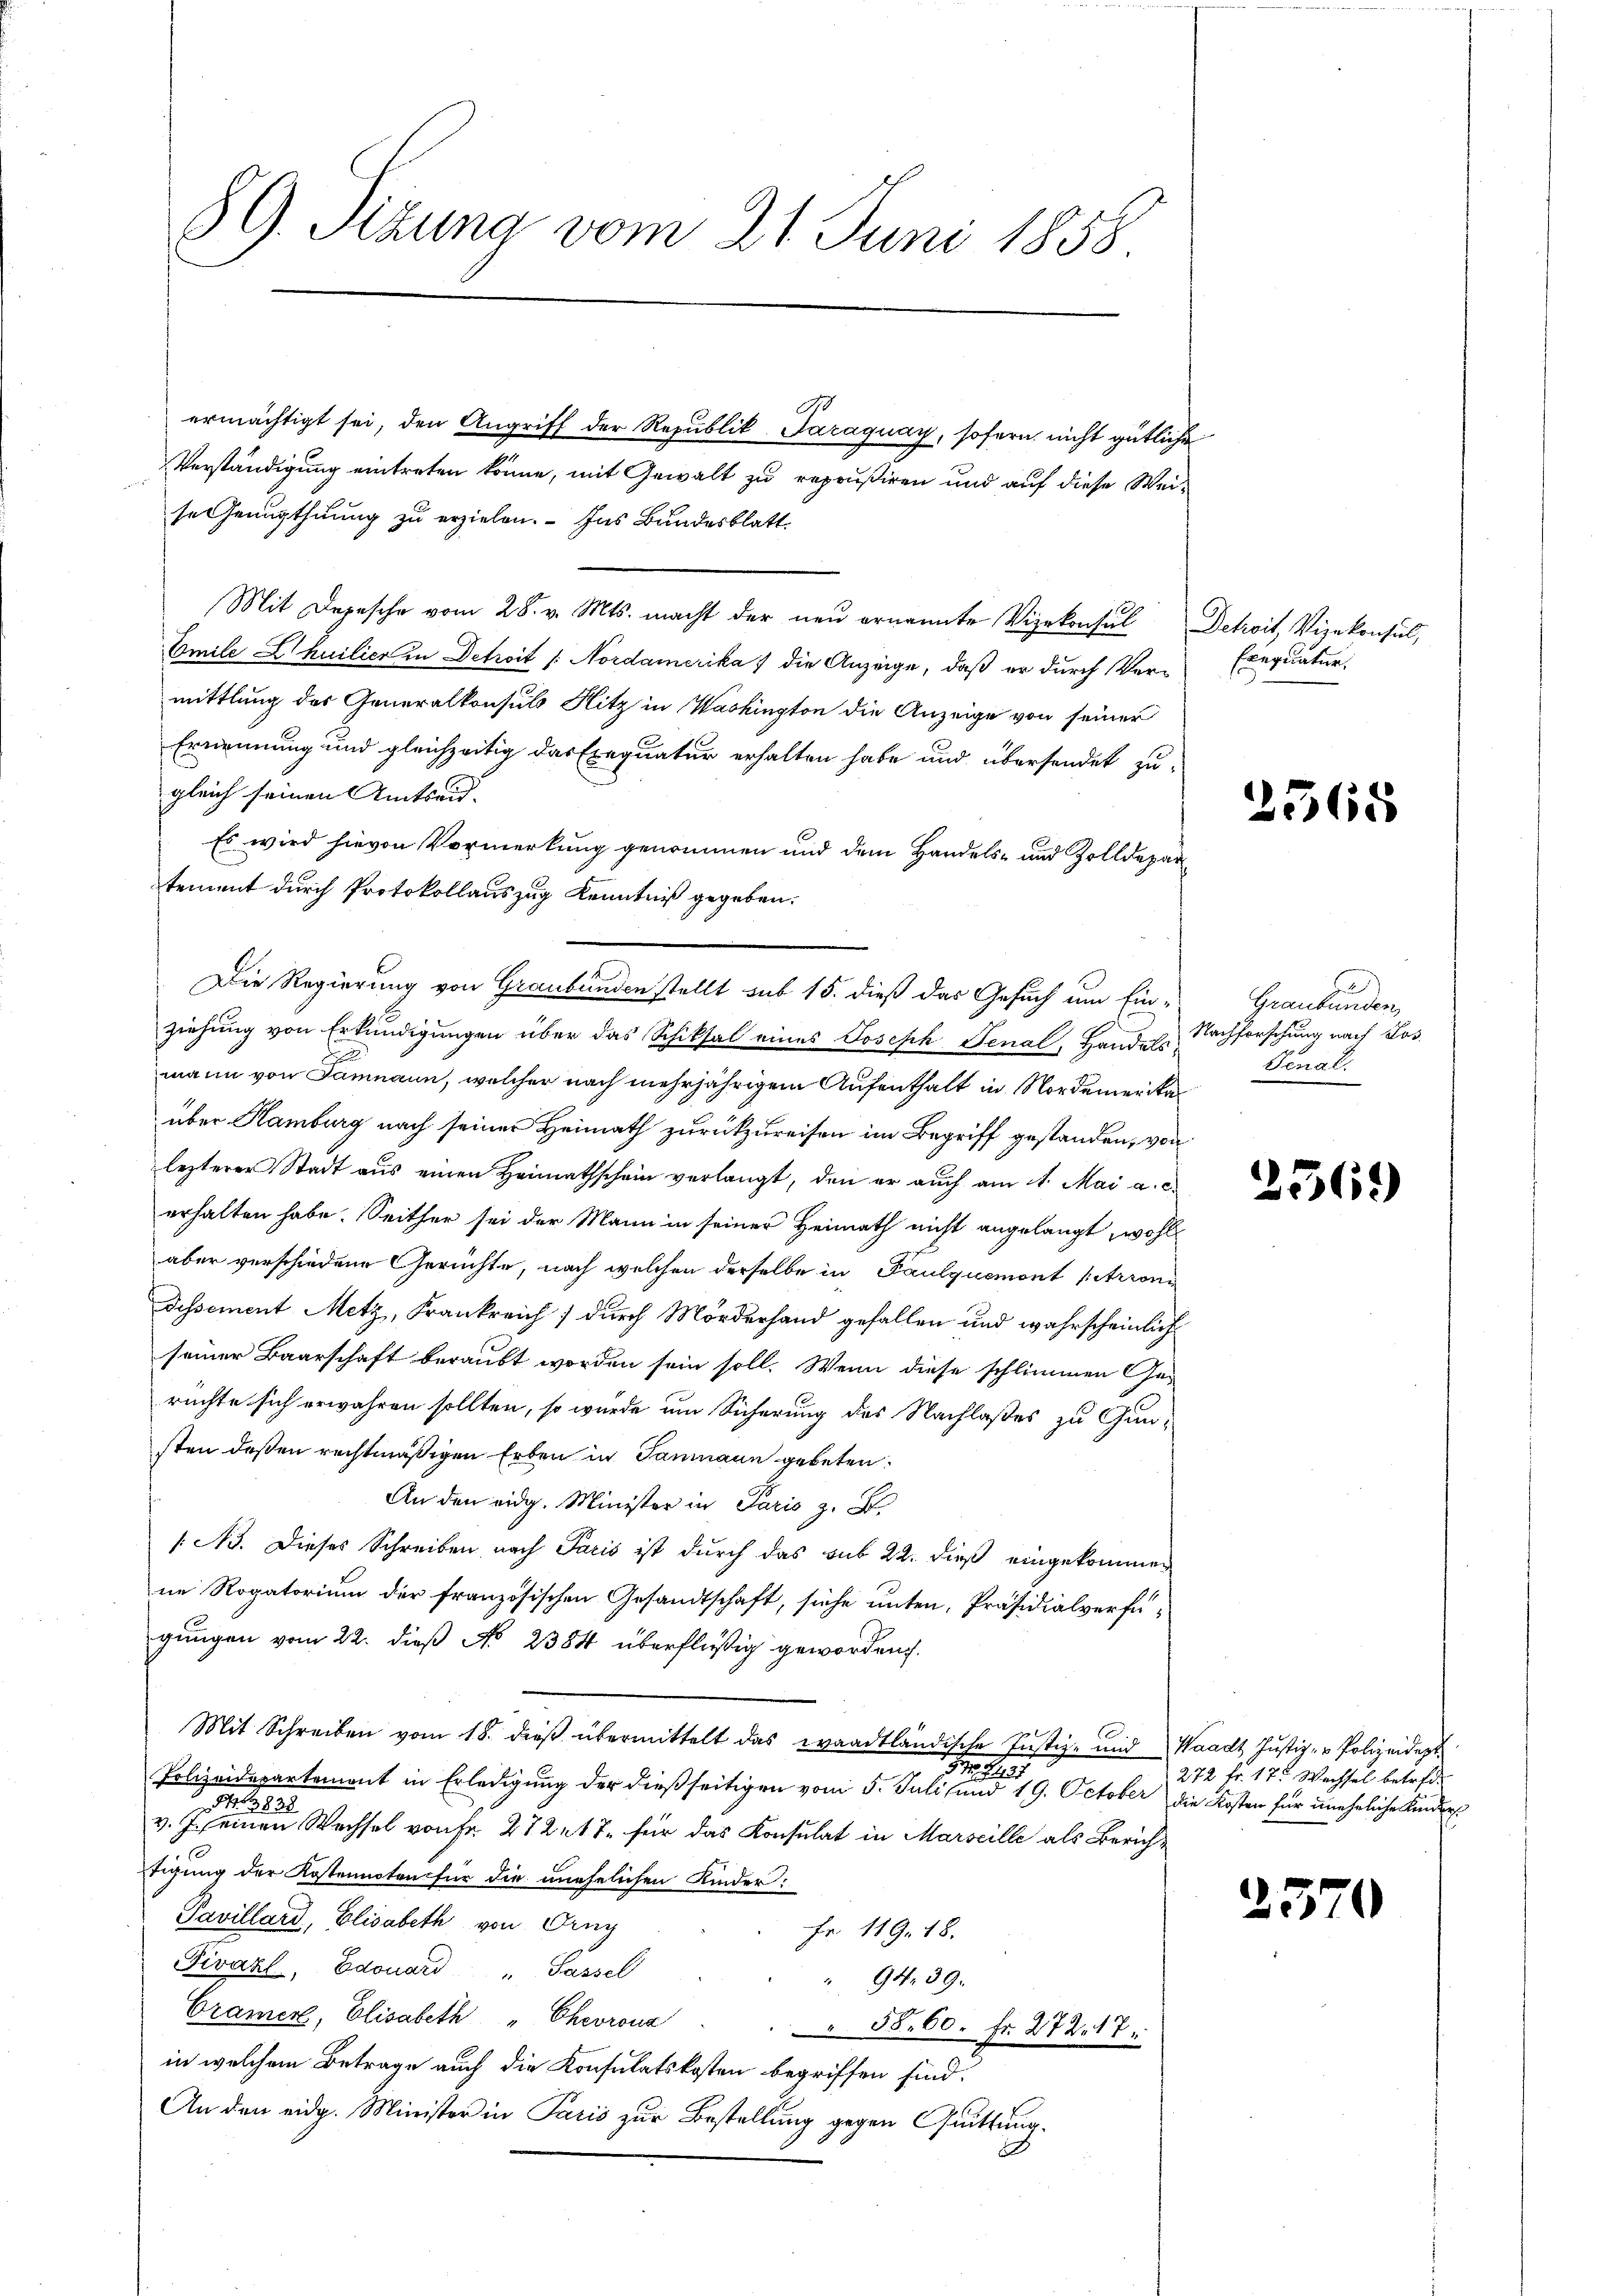
ermächtigt sei, den Angriff der Republik-Paraguay, sofern nicht gütliche
Verständigung eintreten könne, mit Gewalt zu reprusiren und auf diese Weise Genugthuung zu erzielen. - Ins Bundesblatt
Mit Depesche vom 28. v. Mts. macht der neŭ ernannte Vizekonsul Detroit, Vizekonsul,
Emile Lhuilier in Detroit /: Nordamerika die Anzeige, daß er durch Vermittlung des Generalkonsul Hitz in Washington die Anzeige von seiner
Ernennung und gleichzeitig das Exequatur erhalten habe und übersendet zu-
gleich seinen Amtseid-
Es wird hievon Vormerkung genommen und dem Handels- und Zolldepartement durch Protokollauszug Kenntniß gegeben.
ziehung von Erkundigungen über das Schiksal eines Joseph Senal, Handels Nachforschung nach Los.
mann von Samnaun, welcher nach mehrjährigem Aufenthalt in NordamerRa
über Hamburg nach seiner Heimath zurückzureisen im Begriff gestanden, von
lezterer Stadt aus einen Heimathschein verlangt, den er auch am 1. Mai a. c.
erhalten habe. Seither sei der Mann in seiner Heimath nicht angelangt, wohl
aber verschiedene Gerichte, nach welchen derselbe in Paulquemont (Arroni
dissement Metz, Frankreich durch Mörderhand gefallen und wahrscheinlich
seiner Baarschaft beraubt worden sein soll. Wenn diese schlimmen Ge-
rüchte sich erwähren sollten, so wurde um Sicherung des Nachlaßes zu Gunsten deßen rechtmäßigen Erben in Samnaun gebeten.
An den eidg. Minister in Paris z. B.
/A. Dieses Schreiben nach Paris ist durch das sub 22. dieß eingekommen
ne Rogatorium der französischen Gesandtschaft, siche unten, Präsidialverfügungen vom 22. dieß No 2384 überflüßig geworden.

Mit Schreiben vom 18. dieß übermittelt das waadtländische Justiz- und Waadt Justiz- & Polizeidept
Mater
Polizeidepartement in Erledigung der dießseitigen vom 5. Juli und 19. October die Kosten für uneheliche Kinderv. einen Wechsel von Fr. 272. 17. für das Konsulat in Marseille als Zürichtigung der Kostennoten für die unehelichen Kinder:
Pavillard, Elisabeth von Drug
Fr. 119. 18.
Fivahl, Edouard " Passel
" 94. 39.
Cramer, Elisabeth " Chevrona
55. 60. Fr. 272. 17.
in welchem Betrage auch die Konsulatskosten begriffen sind.
An den eidg. Minister in Paris zur Bestellung gegen Quittung.

89. Sizung vom 21. Juni 1858

Die Regierung von Graubünden stellt sub 15. dieß das Gesuch um Ein-Graubünden,

Exequatur.

2565

Genal.

256.)

272 fr. 17. Wachsel betref¬

2570